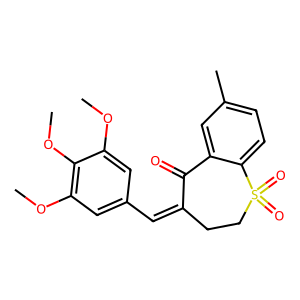
SMILES: COc1cc(C=C2CCS(=O)(=O)c3ccc(C)cc3C2=O)cc(OC)c1OC
Inhibits HIV replication: No